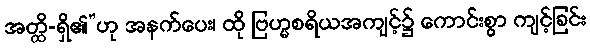
အတ္ထိ-ရှိ၏”ဟု အနက်ပေး၊ ထို ဗြဟ္မစရိယအကျင့်၌ ကောင်းစွာ ကျင့်ခြင်း